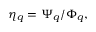
\eta _ { q } = \Psi _ { q } / \Phi _ { q } ,